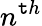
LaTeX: n^{\mathtt{t}h}